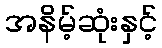
အနိမ့်ဆုံးနှင့်